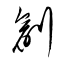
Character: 創